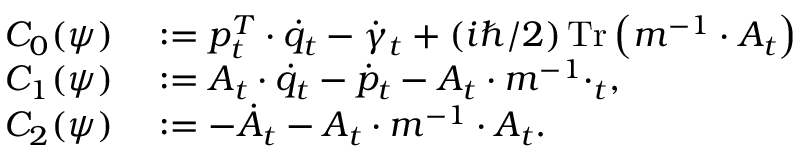
\begin{array} { r l } { C _ { 0 } ( \psi ) } & { { } : = p _ { t } ^ { T } \cdot \dot { q } _ { t } - \dot { \gamma } _ { t } + ( i \hbar / 2 ) \operatorname * { T r } \left( m ^ { - 1 } \cdot A _ { t } \right) } \\ { C _ { 1 } ( \psi ) } & { { } : = A _ { t } \cdot \dot { q } _ { t } - \dot { p } _ { t } - A _ { t } \cdot m ^ { - 1 } \cdotp _ { t } , } \\ { C _ { 2 } ( \psi ) } & { { } : = - \dot { A } _ { t } - A _ { t } \cdot m ^ { - 1 } \cdot A _ { t } . } \end{array}